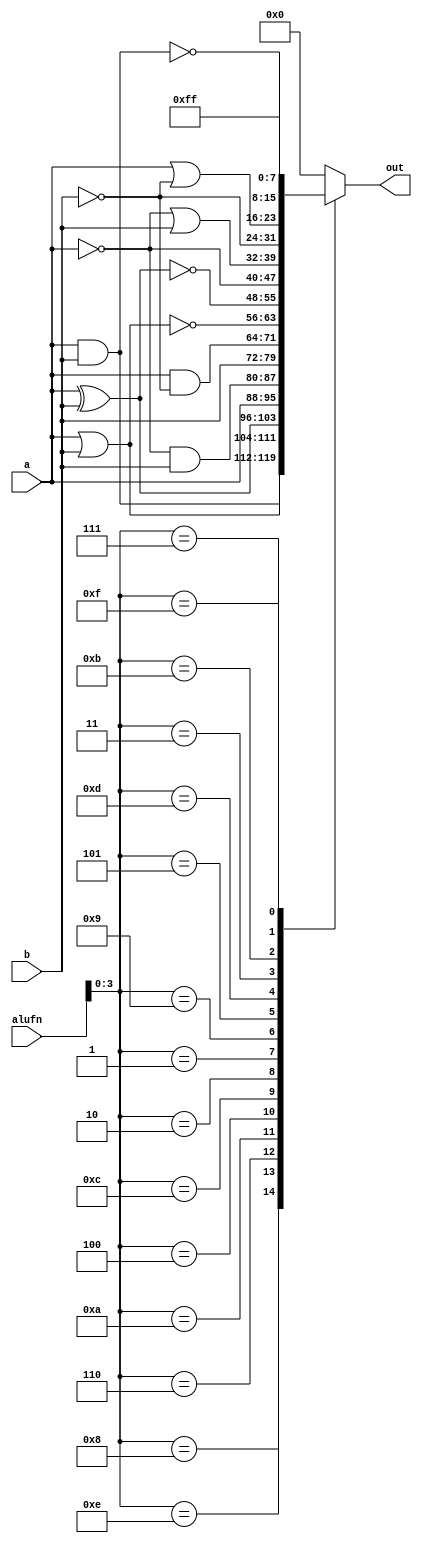
/*
   This file was generated automatically by the Mojo IDE version B1.3.6.
   Do not edit this file directly. Instead edit the original Lucid source.
   This is a temporary file and any changes made to it will be destroyed.
*/

module aluBOOL_9 (
    input [7:0] a,
    input [7:0] b,
    input [5:0] alufn,
    output reg [7:0] out
  );
  
  
  
  always @* begin
    
    case (alufn[0+3-:4])
      4'h8: begin
        out = a & b;
      end
      4'he: begin
        out = a | b;
      end
      4'h6: begin
        out = a ^ b;
      end
      4'ha: begin
        out = a;
      end
      4'h4: begin
        out = (~a) & b;
      end
      4'hc: begin
        out = b;
      end
      4'h2: begin
        out = a & (~b);
      end
      4'h1: begin
        out = ~(a | b);
      end
      4'h9: begin
        out = ~(a ^ b);
      end
      4'h5: begin
        out = ~a;
      end
      4'hd: begin
        out = (~a) | b;
      end
      4'h3: begin
        out = ~b;
      end
      4'hb: begin
        out = a | (~b);
      end
      4'h7: begin
        out = ~(a & b);
      end
      4'hf: begin
        out = 8'hff;
      end
      default: begin
        out = 1'h0;
      end
    endcase
  end
endmodule